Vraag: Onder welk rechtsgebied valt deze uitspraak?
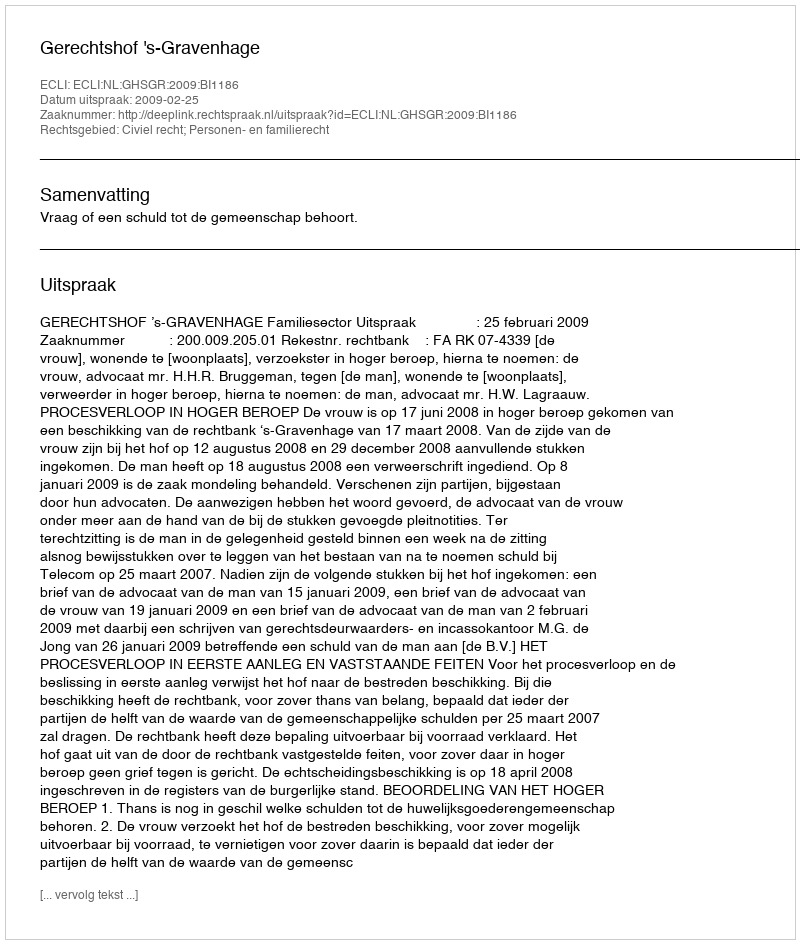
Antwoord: Civiel recht; Personen- en familierecht